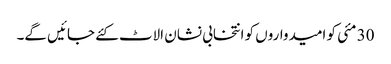
30 مئی کو امیدواروں کو انتخابی نشان الاٹ کئے جائیں گے۔